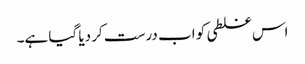
اس غلطی کو اب درست کر دیا گیا ہے۔